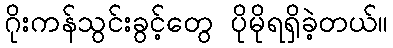
ဂိုးကန်သွင်းခွင့်တွေ ပိုမိုရရှိခဲ့တယ်။